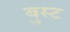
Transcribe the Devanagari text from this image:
बुस्ट